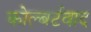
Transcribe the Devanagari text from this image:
कोल्बर्टवाद